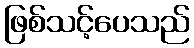
ဖြစ်သင့်ပေသည်